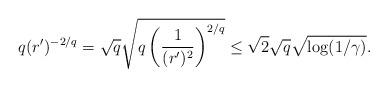
LaTeX: \begin{align*} q (r')^{-2/q} = \sqrt{q} \sqrt{q \left( \frac{1}{(r')^2} \right)^{2/q}} \le \sqrt{2} \sqrt{q} \sqrt{\log(1/\gamma)} . \end{align*}